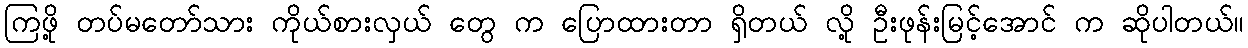
ကြဖို့ တပ်မတော်သား ကိုယ်စားလှယ် တွေ က ပြောထားတာ ရှိတယ် လို့ ဦးဖုန်းမြင့်အောင် က ဆိုပါတယ်။